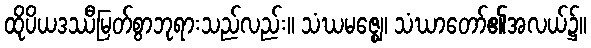
ထိုပိယဒဿီမြတ်စွာဘုရားသည်လည်း။ သံဃမဇ္ဈေ၊ သံဃာတော်၏အလယ်၌။